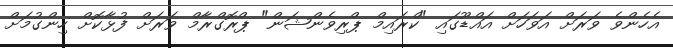
އެހެންވެ ވަރަށް އަވަހަށް އައްޑޫގައި "ކްރައިމް ޕްރިވެންޝަން" ޕްރޮގްރާމް ވަރަށް ފުޅާކޮށް ހިންގުމަށް